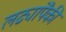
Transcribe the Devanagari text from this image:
लढ्यांपैकी